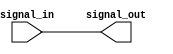
module buffer (
  input signal_in,
  output signal_out
);

assign signal_out = signal_in;

endmodule